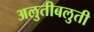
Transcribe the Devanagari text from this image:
अलुतीबलुती